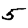
Digit: 5